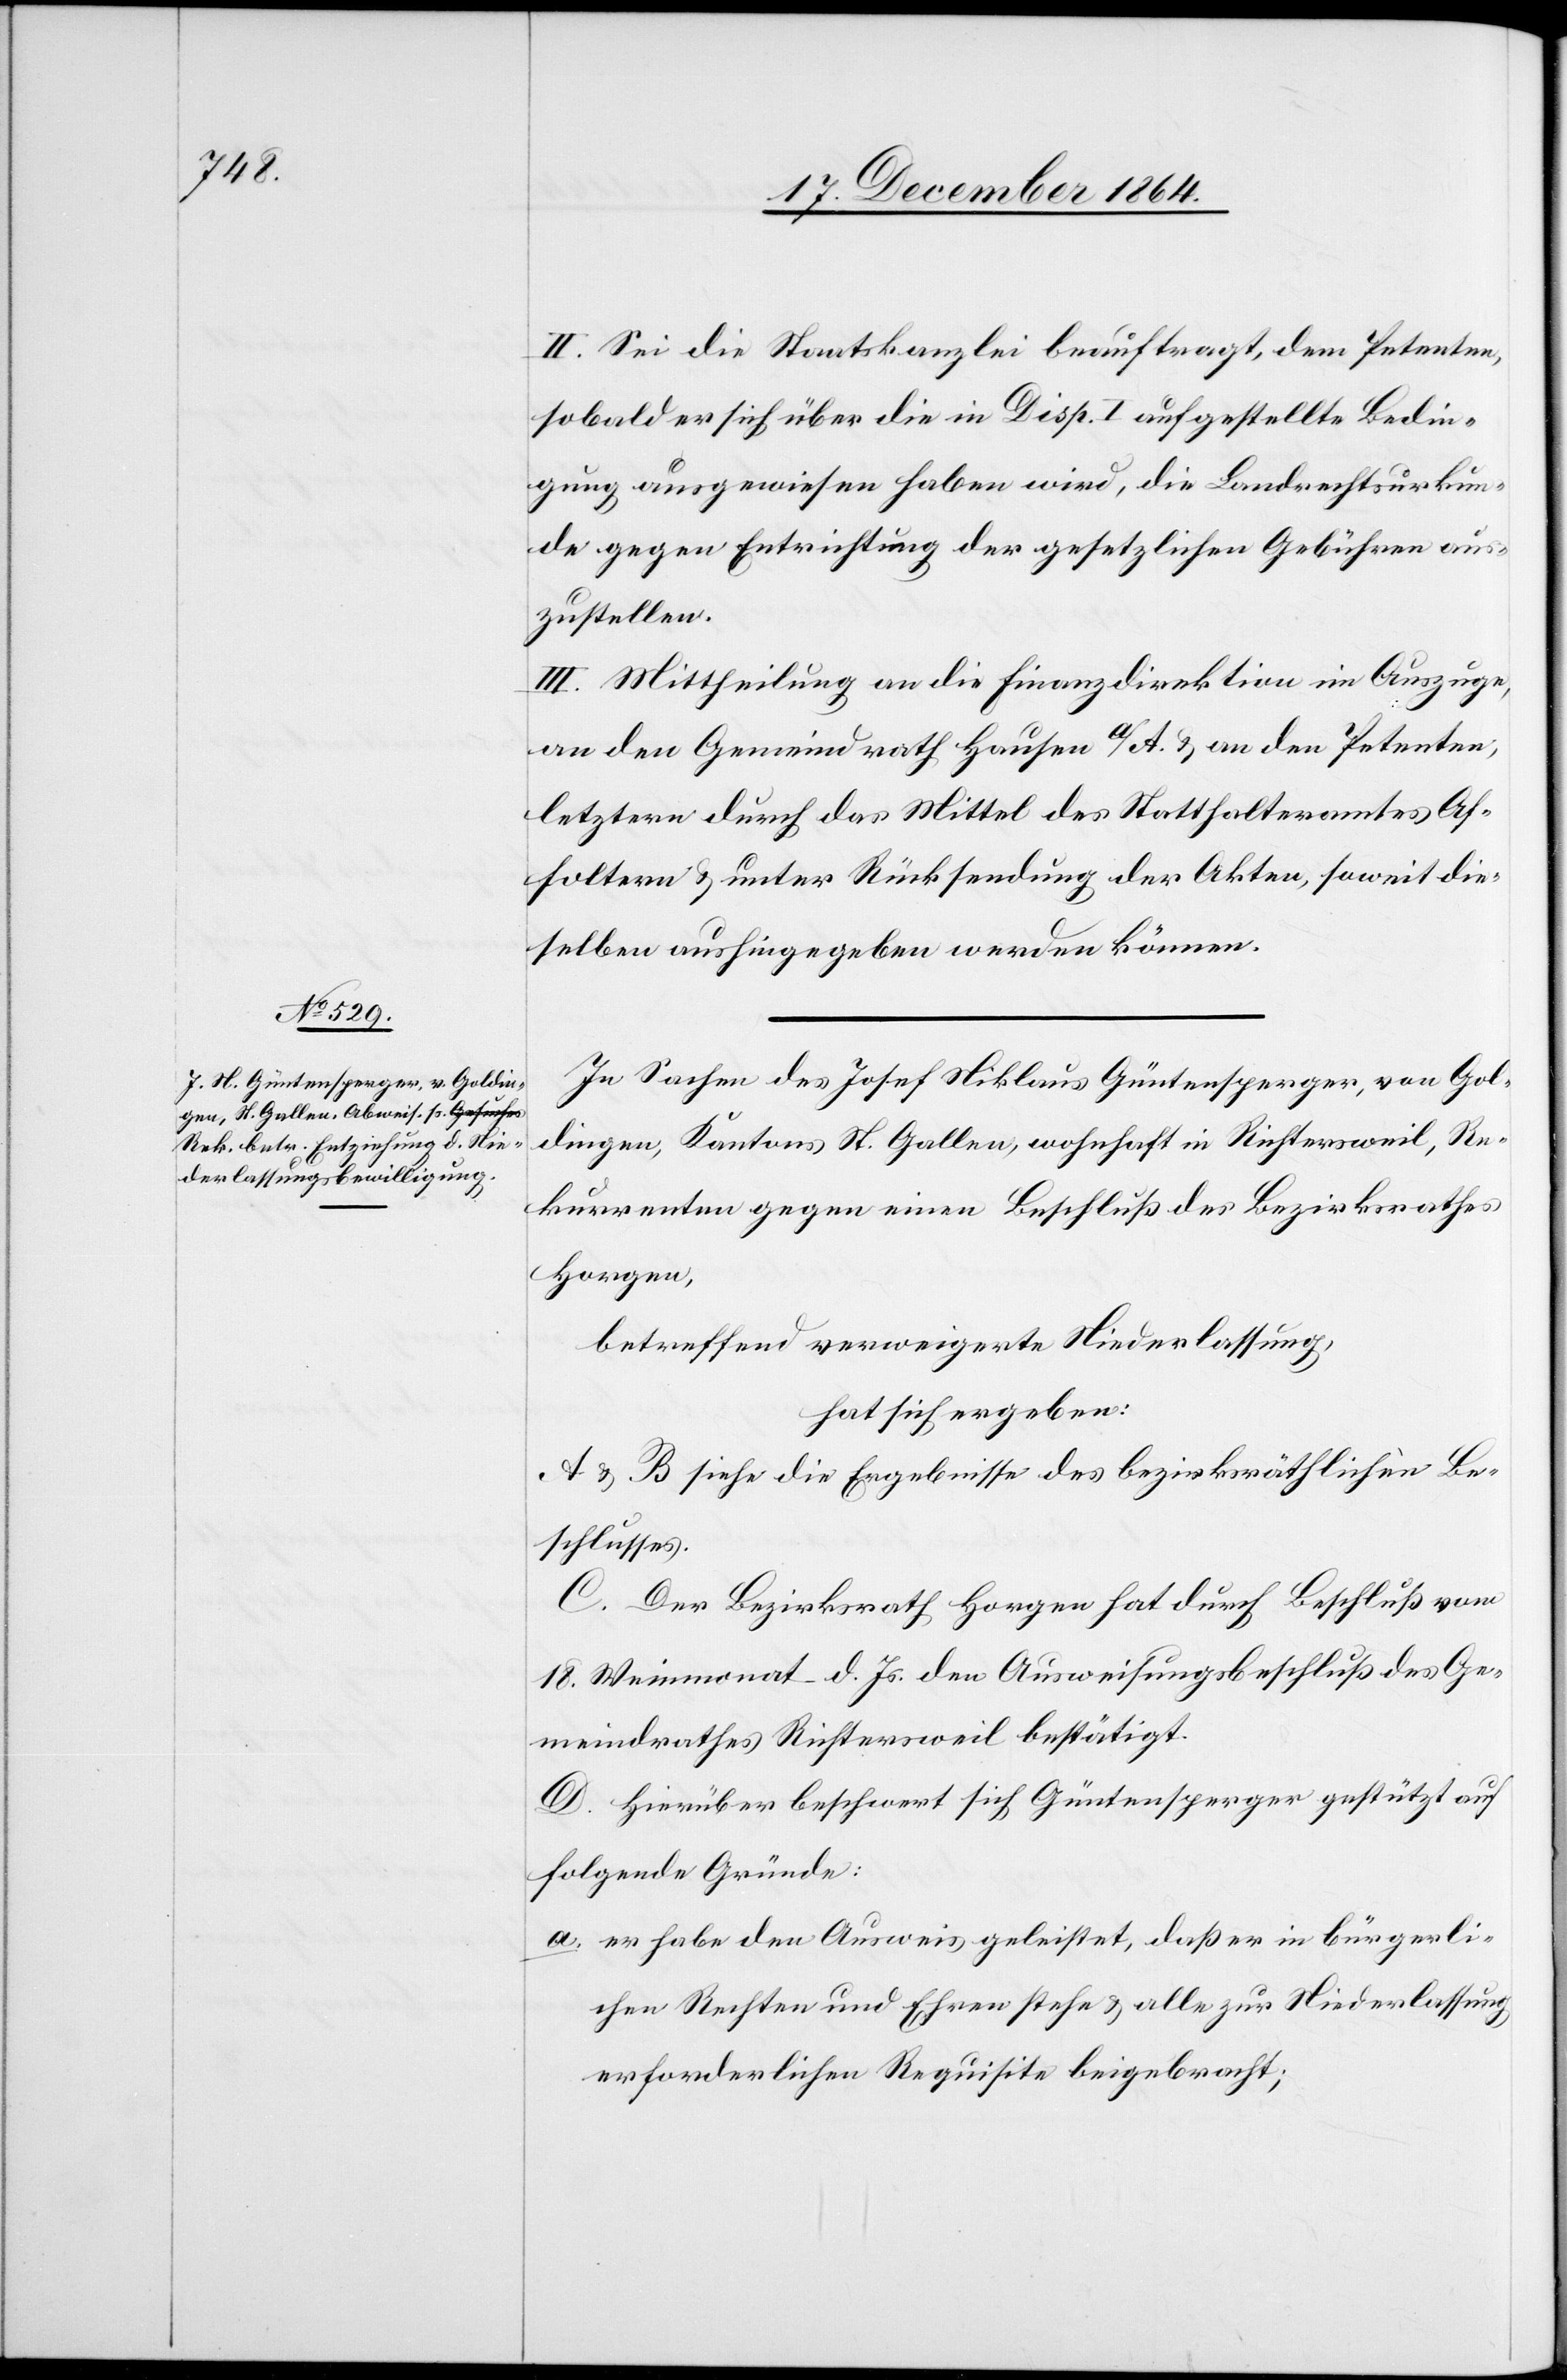
II. Sei die Staatskanzlei beauftragt, dem Petenten,
sobald er sich über die in Disp. I aufgestellte Bedin¬
gung ausgewiesen haben wird, die Landrechtsurkun¬
de gegen Entrichtung der gesetzlichen Gebühren aus¬
zustellen.
III. Mittheilung an die Finanzdirektion im Auszuge,
an den Gemeindrath Hausen a/A. & an den Petenten,
letztern [sic!] durch das Mittel des Statthalteramtes Af¬
foltern & unter Rücksendung der Akten, soweit die¬
selben aushingegeben werden können.
In Sachen des Josef Nikolaus Güntensperger, von Gol¬
dingen, Kantons St. Gallen, wohnhaft in Richtersweil, Re¬
kurrenten gegen einen Beschluß des Bezirksrathes
Horgen,
betreffend verweigerte Niederlassung,
hat sich ergeben:
A. & B. siehe die Ergebnisse des bezirksräthlichen Be¬
schlusses.
C. Der Bezirksrath Horgen hat durch Beschluß vom
18. Weinmonat d. Js. den Ausweisungsbeschluß des Ge¬
meindrathes Richtersweil bestätigt.
D. Hierüber beschwert sich Güntensperger gestützt auf
folgende Gründe:
a. er habe den Ausweis geleistet, daß er in bürgerli¬
chen Rechten und Ehren stehe & alle zur Niederlassung
erforderlichen Requisite beigebracht;